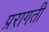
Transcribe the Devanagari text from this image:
प्ररागती